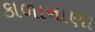
કાળાનાણા